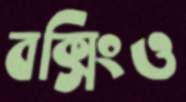
বক্সিংও